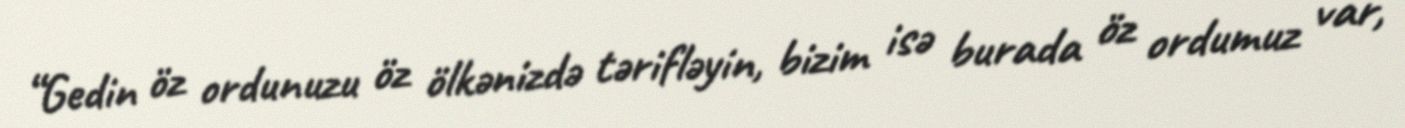
“Gedin öz ordunuzu öz ölkənizdə tərifləyin, bizim isə burada öz ordumuz var,